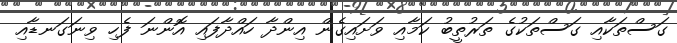
ގަސްތަކާއި ގަސްތަކުގެ ތަރުތީބު ކަމާއި ވަށައިގެން އިންދާ ހައްދާފައި އޮންނަ ފެހި ވިނަގަނޑާއި